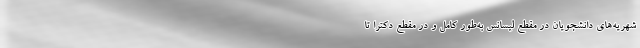
شهریه‌های دانشجویان در مقطع لیسانس به‌طور کامل و در مقطع دکترا تا